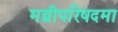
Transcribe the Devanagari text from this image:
मन्त्रीपरिषदमा